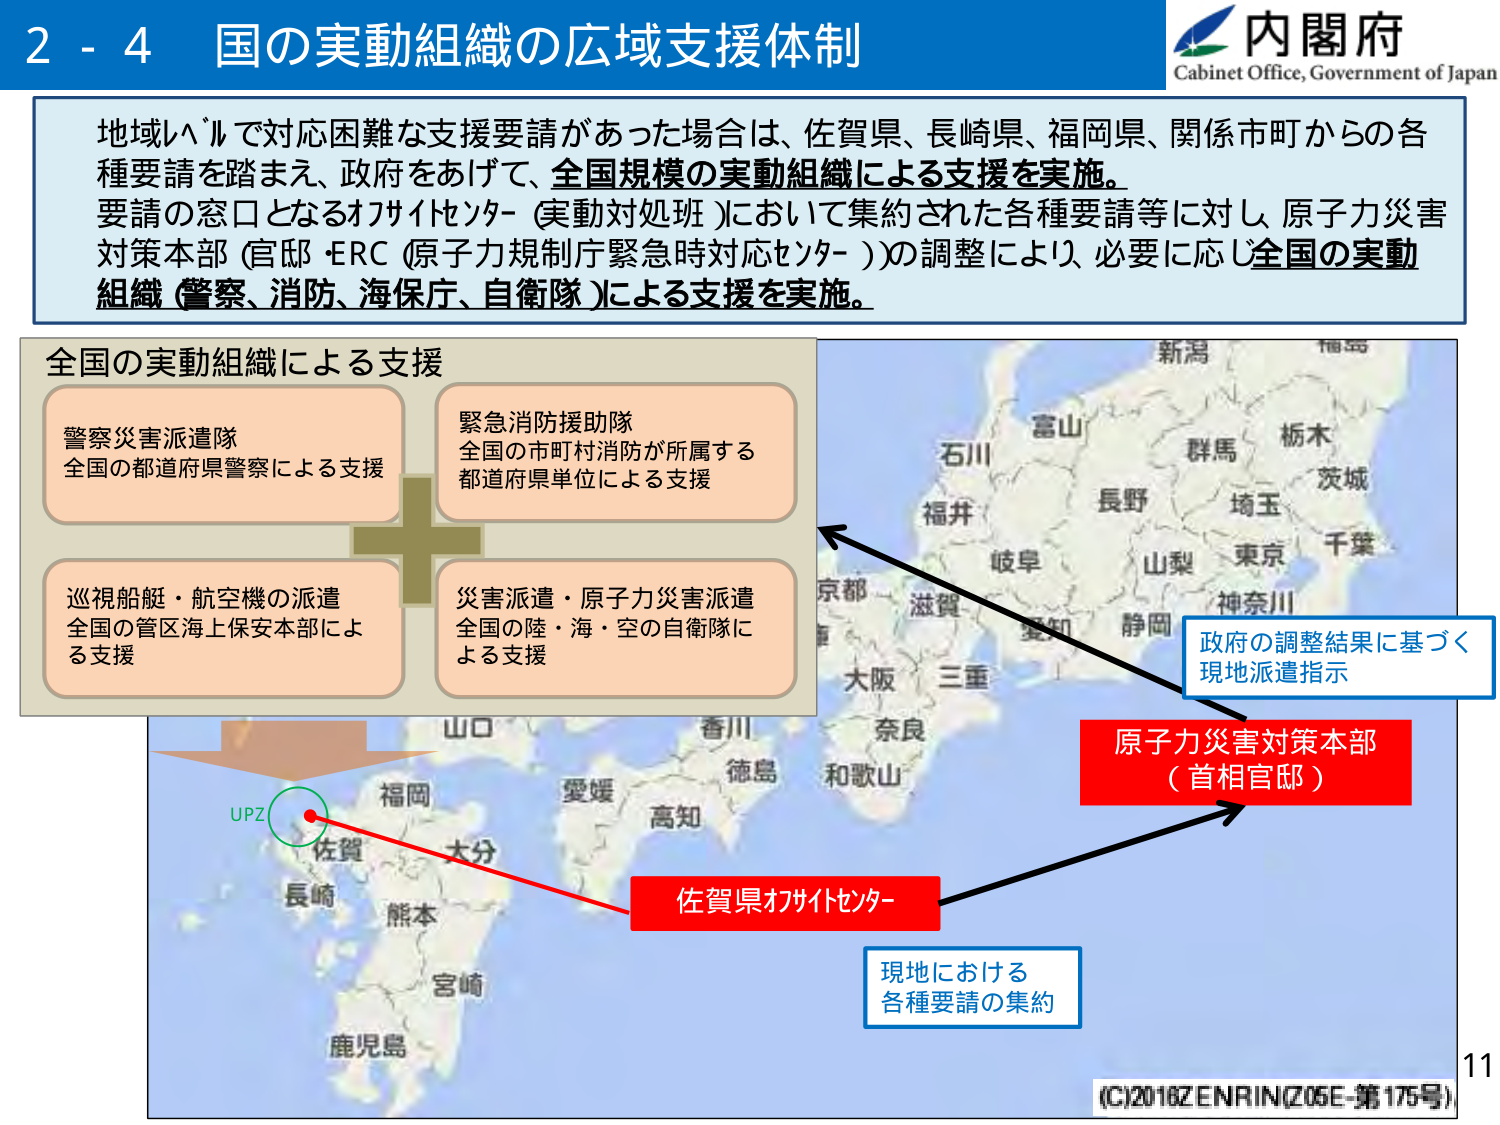
2 - 4 国の実動組織の広域支援体制
内閣府
Cabinet Office, Government of Japan

地域レベルで対応困難な支援要請があった場合は、佐賀県、長崎県、福岡県、関係市町からの各種要請を踏まえ、政府をあげて、全国規模の実動組織による支援を実施。
要請の窓口となるオフサイトセンター（実動対処班）において集約された各種要請等に対し、原子力災害対策本部（官邸・ERC（原子力規制庁緊急時対応センター））の調整により、必要に応じ全国の実動組織（警察、消防、海保庁、自衛隊）による支援を実施。

全国の実動組織による支援
警察災害派遣隊
全国の都道府県警察による支援
緊急消防援助隊
全国の市町村消防が所属する
都道府県単位による支援
巡視船艇・航空機の派遣
全国の管区海上保安本部による支援
災害派遣・原子力災害派遣
全国の陸・海・空の自衛隊による支援

新潟
富山
石川
福井
岐阜
滋賀
京都
大阪
三重
奈良
和歌山
香川
徳島
愛媛
高知
山口
大分
福岡
佐賀
長崎
熊本
宮崎
鹿児島
群馬
栃木
茨城
埼玉
東京
千葉
山梨
神奈川
静岡
愛知
政府の調整結果に基づく
現地派遣指示
原子力災害対策本部
（首相官邸）
佐賀県オフサイトセンター
現地における
各種要請の集約
UPZ
11
(C)2016ZENRIN(Z05E-第175号)